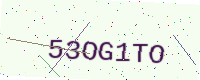
Text: 53OG1TO